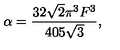
\alpha = \frac { 3 2 \sqrt { 2 } \pi ^ { 3 } F ^ { 3 } } { 4 0 5 \sqrt { 3 } } ,